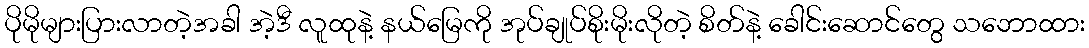
ပိုမိုများပြားလာတဲ့အခါ အဲ့ဒီ လူထုနဲ့ နယ်မြေကို အုပ်ချုပ်စိုးမိုးလိုတဲ့ စိတ်နဲ့ ခေါင်းဆောင်တွေ သဘောထား